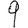
Digit: 9